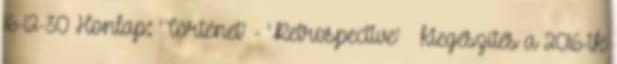
16-12-30 Honlap: 'Történet' - 'Retrospective' » kiegészítés a 2016-ik